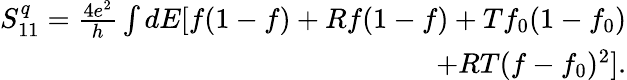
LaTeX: \begin{array}{r}{S_{11}^{q}=\frac{4e^{2}}{h}\int dE[f(1-f)+Rf(1-f)+Tf_{0}(1-f_{0})}\\ {+RT(f-f_{0})^{2}].}\end{array}